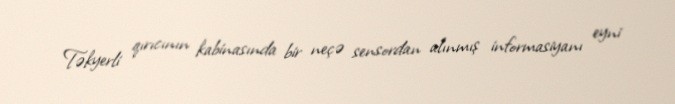
Təkyerli qırıcının kabinasında bir neçə sensordan alınmış informasiyanı eyni